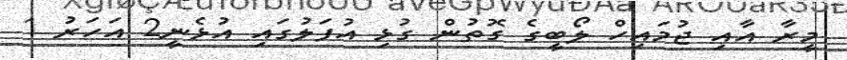
މީރާ އާއި ޖުމައިހް ލޯބީގެ ގޮތުން ގުޅި އުފަލުގައި އުޅެނީ2 އަހަރު 1